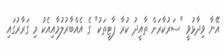
އޭނާ ވިދާޅުވީ "ސަރުކާރަށް ތާއީދު ކުރާ ޕާޓީތަކު" ގެ އެއްބާރުލުމާއިއެކު މި ގަރާރުގައި